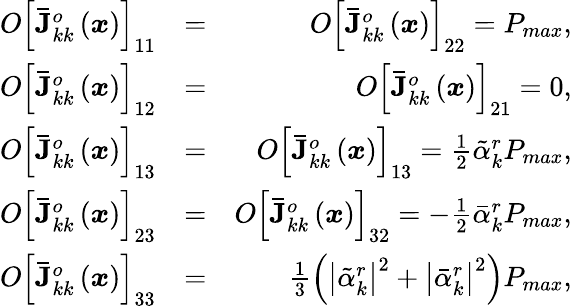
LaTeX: \begin{array}{rlr}{O\left[\mathbf{\bar{J}}_{kk}^{o}\left(\boldsymbol{x}\right)\right]_{11}}&{=}&{O\left[\mathbf{\bar{J}}_{kk}^{o}\left(\boldsymbol{x}\right)\right]_{22}=P_{max},}\\ {O\left[\mathbf{\bar{J}}_{kk}^{o}\left(\boldsymbol{x}\right)\right]_{12}}&{=}&{O\left[\mathbf{\bar{J}}_{kk}^{o}\left(\boldsymbol{x}\right)\right]_{21}=0,}\\ {O\left[\mathbf{\bar{J}}_{kk}^{o}\left(\boldsymbol{x}\right)\right]_{13}}&{=}&{O\left[\mathbf{\bar{J}}_{kk}^{o}\left(\boldsymbol{x}\right)\right]_{13}=\frac{1}{2}\tilde{\alpha}_{k}^{r}P_{max},}\\ {O\left[\mathbf{\bar{J}}_{kk}^{o}\left(\boldsymbol{x}\right)\right]_{23}}&{=}&{O\left[\mathbf{\bar{J}}_{kk}^{o}\left(\boldsymbol{x}\right)\right]_{32}=-\frac{1}{2}\bar{\alpha}_{k}^{r}P_{max},}\\ {O\left[\mathbf{\bar{J}}_{kk}^{o}\left(\boldsymbol{x}\right)\right]_{33}}&{=}&{\frac{1}{3}\left(\left|\tilde{\alpha}_{k}^{r}\right|^{2}+\left|\bar{\alpha}_{k}^{r}\right|^{2}\right)P_{max},}\end{array}